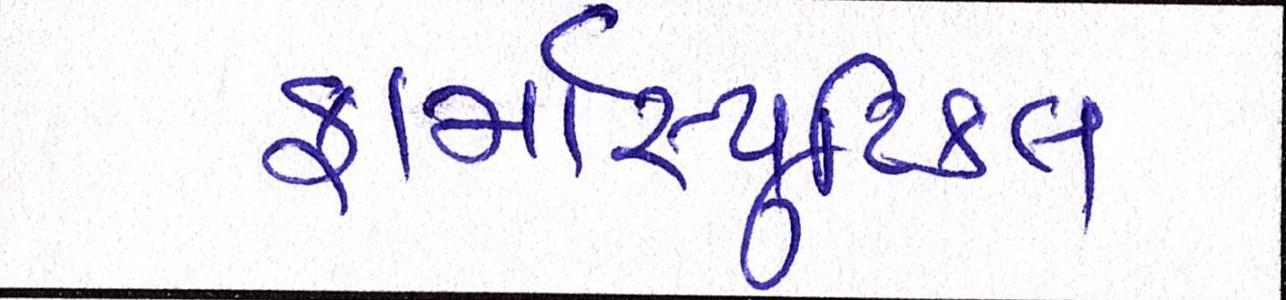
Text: ફાર્માસ્યુટિકલ